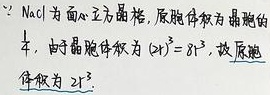
\(\because \mathrm{NaCl}\)为面心立方晶格，底胞体积为晶胞的\(\frac{1}{4}\)，由于晶胞体积为 \((2l)^{3}=8l^{3}\)，故底胞
体积为 \(2l^{3}\).